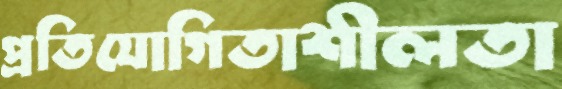
প্রতিযোগিতাশীলতা